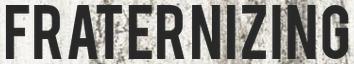
FRATERNIZING